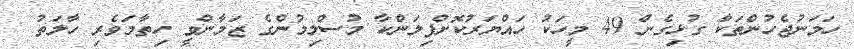
ހަމަނުޖެހުންތަކާ ގުޅިގެން 49 މީހަކު ހައްޔަރުކޮށްފިލަންކާ މުސްލިމުންގެ ޒަމާންވީ ހިތާމަވެރި ހާލަތު